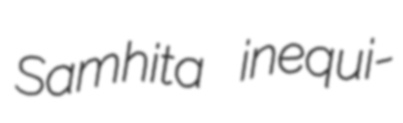
Samhita inequi-